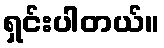
ရှင်းပါတယ်။